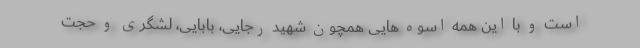
است و با این همه اسوه هایی همچون شهید رجایی، بابایی، لشگری و حجت